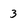
Character: 3